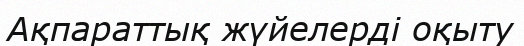
Ақпараттық жүйелерді оқыту